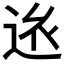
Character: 𨒢